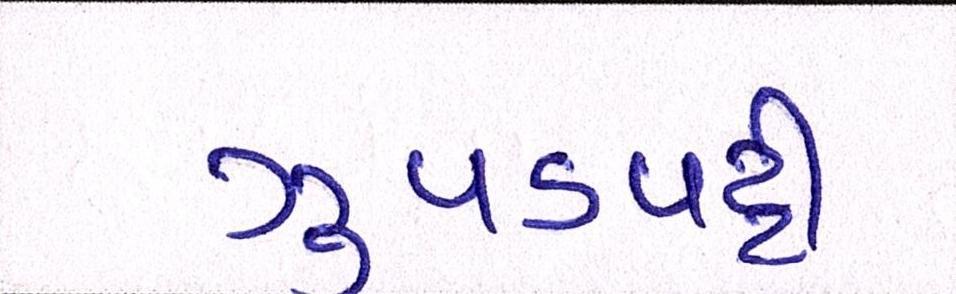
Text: ઝુપડપટ્ટી